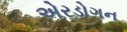
એરડોગન